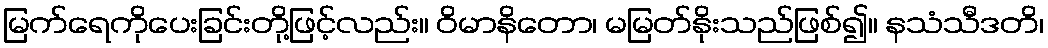
မြက်ရေကိုပေးခြင်းတို့ဖြင့်လည်း။ ဝိမာနိတော၊ မမြတ်နိုးသည်ဖြစ်၍။ နသံသီဒတိ၊